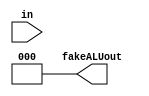
module fake_control_alu(in, fakeALUout);
   input [3:0] in;
   output wire [2:0] fakeALUout;
   assign fakeALUout = 1'b00;

endmodule